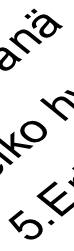
5 o ä